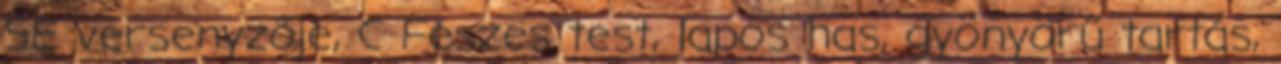
SE versenyzője, C Feszes test, lapos has, gyönyörű tartás,